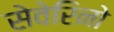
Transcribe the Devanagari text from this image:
सेवेरिनो